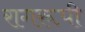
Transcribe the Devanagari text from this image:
रागरूपी